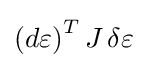
{\textstyle {(d\varepsilon )}^{T}\,J\,\delta \varepsilon }